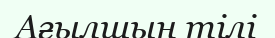
Ағылшын тілі